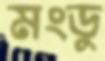
মংডু